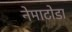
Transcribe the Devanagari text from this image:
नेमाटोडा